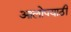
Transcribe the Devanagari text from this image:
आलोपयाठी